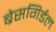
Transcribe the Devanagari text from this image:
ब्रेसगिर्डल